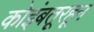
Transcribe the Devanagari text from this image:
कोइंबतूरहून